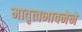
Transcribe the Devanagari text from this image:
मातृत्वभावनेने